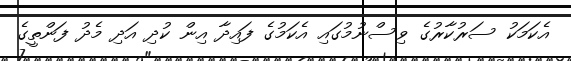
އެކަމަކު ސަރުކާރުގެ ވިސްނުމުގައި އެކަމުގެ ފައިދާ އިން ކުދި އަދި މެދު ފަންތީގެ